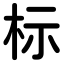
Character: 标